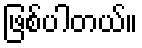
ဖြစ်ပါတယ်။